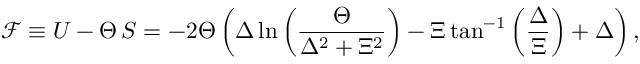
\mathcal { F } \equiv U - \Theta \, S = - 2 \Theta \left( \Delta \ln \left( \frac { \Theta } { \Delta ^ { 2 } + \Xi ^ { 2 } } \right) - \Xi \tan ^ { - 1 } \left( \frac { \Delta } { \Xi } \right) + \Delta \right) ,